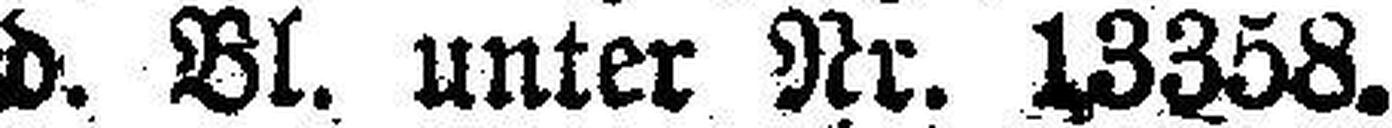
d. Bl. unter Nr. 13358.